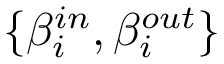
\{ \beta _ { i } ^ { i n } , \beta _ { i } ^ { o u t } \}